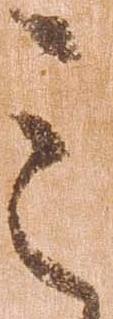
之